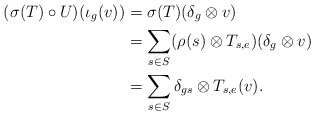
\begin{align*}(\sigma(T)\circ U)(\iota_g(v))&=\sigma(T)(\delta_g\otimes v)\\&=\sum_{s\in S}(\rho(s)\otimes T_{s, e})(\delta_g\otimes v)\\&=\sum_{s\in S}\delta_{gs}\otimes T_{s, e}(v).\end{align*}